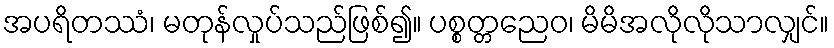
အပရိတဿံ၊ မတုန်လှုပ်သည်ဖြစ်၍။ ပစ္စတ္တညေဝ၊ မိမိအလိုလိုသာလျှင်။